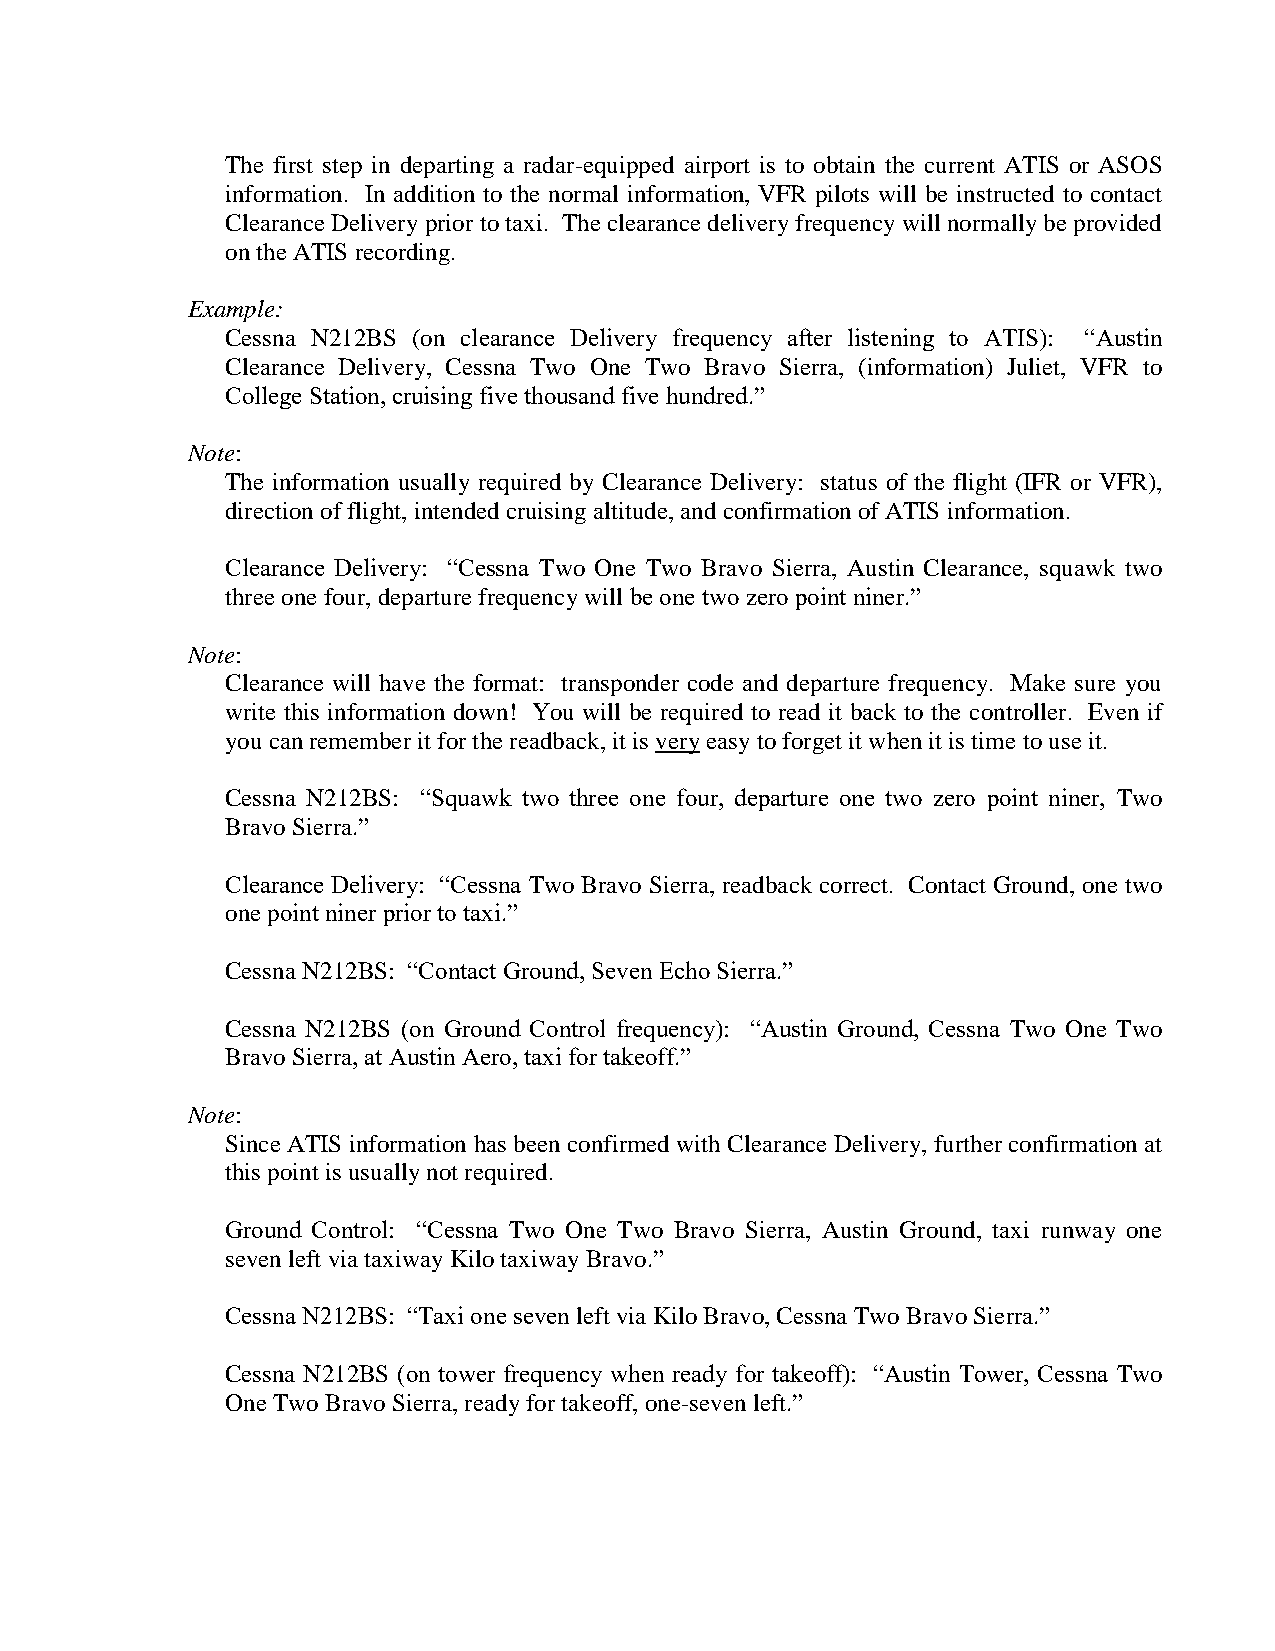
The first step in departing a radar-equipped airport is to obtain the current ATIS or ASOS
 information. In addition to the normal information, VFR pilots will be instructed to contact
 Clearance Delivery prior to taxi. The clearance delivery frequency will normally be provided
 on the ATIS recording.
 Example:
 Cessna N212BS (on clearance Delivery frequency after listening to ATIS): “Austin
 Clearance Delivery, Cessna Two One Two Bravo Sierra, (information) Juliet, VFR to
 College Station, cruising five thousand five hundred.”
 Note:
 The information usually required by Clearance Delivery: status of the flight (IFR or VFR),
 direction of flight, intended cruising altitude, and confirmation of ATIS information.
 Clearance Delivery: “Cessna Two One Two Bravo Sierra, Austin Clearance, squawk two
 three one four, departure frequency will be one two zero point niner.”
 Note:
 Clearance will have the format: transponder code and departure frequency. Make sure you
 write this information down! You will be required to read it back to the controller. Even if
 you can remember it for the readback, it is very easy to forget it when it is time to use it.
 Cessna N212BS: “Squawk two three one four, departure one two zero point niner, Two
 Bravo Sierra.”
 Clearance Delivery: “Cessna Two Bravo Sierra, readback correct. Contact Ground, one two
 one point niner prior to taxi.”
 Cessna N212BS: “Contact Ground, Seven Echo Sierra.”
 Cessna N212BS (on Ground Control frequency): “Austin Ground, Cessna Two One Two
 Bravo Sierra, at Austin Aero, taxi for takeoff.”
 Note:
 Since ATIS information has been confirmed with Clearance Delivery, further confirmation at
 this point is usually not required.
 Ground Control: “Cessna Two One Two Bravo Sierra, Austin Ground, taxi runway one
 seven left via taxiway Kilo taxiway Bravo.”
 Cessna N212BS: “Taxi one seven left via Kilo Bravo, Cessna Two Bravo Sierra.”
 Cessna N212BS (on tower frequency when ready for takeoff): “Austin Tower, Cessna Two
 One Two Bravo Sierra, ready for takeoff, one-seven left.”